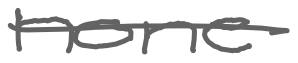
Text: none
Cross-out: single-line
Writing tool: digital_gray